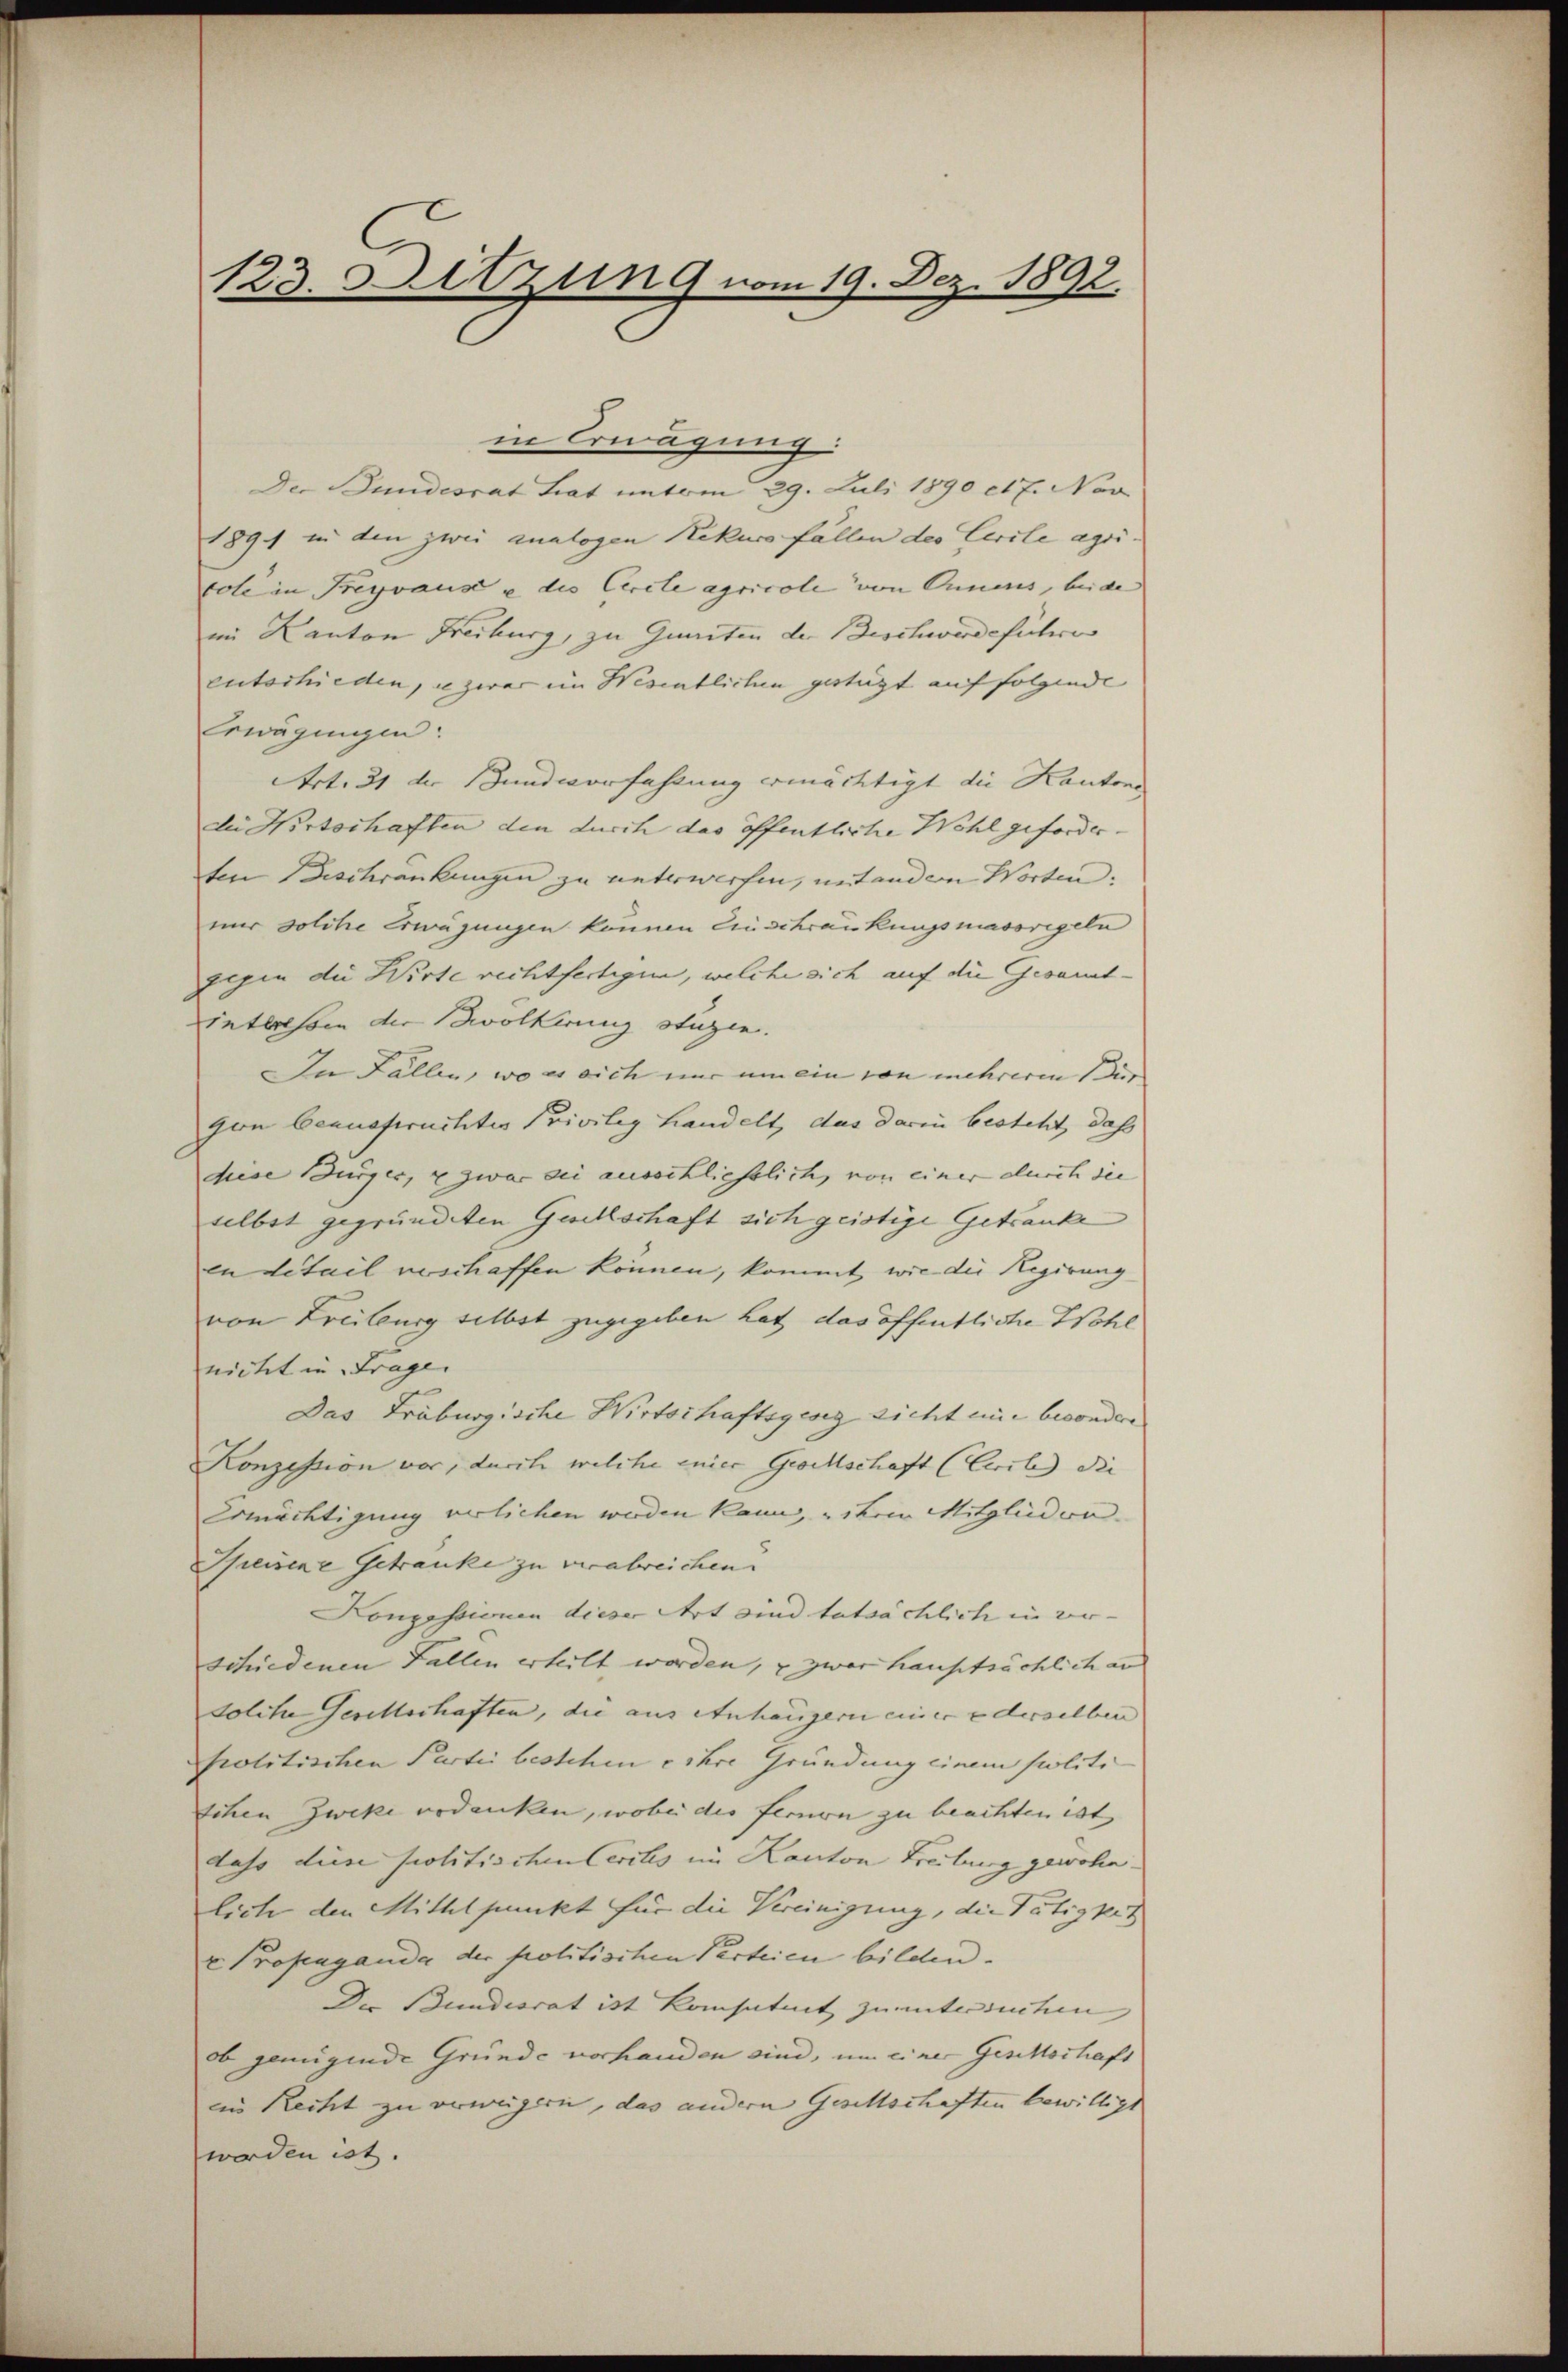
123. Sitzung vom 19. Dez. 1892.

in Erwägung
Der Bundesrat hat unterm 29. Juli 1890 et 7. Nov
1891 in den zwei analogen Rekurs fällen des Civile agricole in Freyvaus u die Circte agricoli von Onnens, beide
im Kanton Freiburg, zu Gunsten der Beschwerdeführe
entschieden, u zwar im Wesentlichen gesteht auf folgende
Erwägungen:
Art. 21 der Bundvorfahrung ermächtigt die Kanton
die Wirtschaften den durch das öffentliche Wohl geforder-
ten Geschrankungen zu unterwerfen, mit andern Worten:
nur solche Erwägungen können Anschrankungsmassregeln
gegen die Wirte rechtfertigen, welche sich auf die Gesamtintlichem der Bevölkerung stüzen.
In Fällen, wo er sich nur um ein von mehreren dur
gen benusfruchtes Privileg handelt, das darin besteht, daß
diese Bürger, u zwar die ausschliesslich, von einer durch die
selbst gegründeten Gesellschaft sich geistige Getranke
en detail geschaffen können, kommt, wie die Regierung
von Freiburg selbst zugegeben hat das öffentliche Wohl
nicht in Frage
Das Fräburgische Wirtschaftsgeseg sicht eine besondere
Konzession vor, durch welche einer Gesellschaft (Ceile die |
Ermächtigung verlichen werden kann, bei Mitglieden.
Speisene Getranke zu verabreichen.
Konzessionen dieser Art sind tatsächlich in ver-
schiedenen Fallen erteilt worden, u zwar hauptsächlich and
solche Gesellerhaften, die aus Anhängern einer ederselben |
Prolitischen Partii bestehen e ihre Gründung einem politi
schen Zweke verdanken, wobei die fernen zu beachten ist,
dass diese politischen Cerches im Kanton Freiburg gewohn-
liche den Mittelpunkt für die Vereinigung, die Tätigkei
v. Profeaganda der politischen Parteien bilden.
Die Bundesrat ist kompetent zu untersuchen |
ob genügende Grunde vorhanden sind, um einer Geschschaft
in Recht zu verweigern, das andern Gesellschaften bewilligt
werden ist.